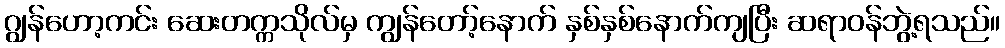
ဂျွန်ဟော့ကင်း ဆေးတက္ကသိုလ်မှ ကျွန်တော့်နောက် နှစ်နှစ်နောက်ကျပြီး ဆရာဝန်ဘွဲ့ရသည်။